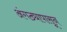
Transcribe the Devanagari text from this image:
अंगठ्यापासून